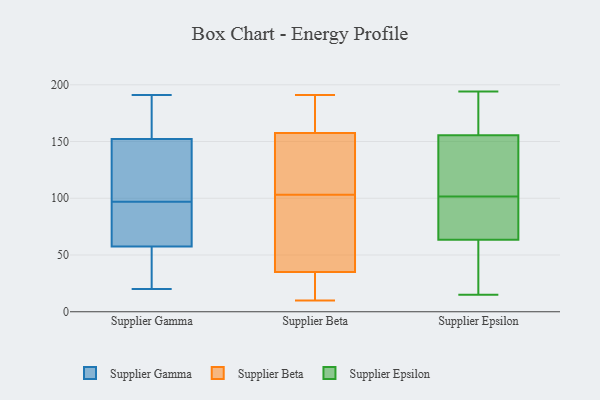
{"axis": {"x": "Headcount", "y": "Value"}, "legend": ["Supplier Beta", "Supplier Epsilon", "Supplier Gamma"], "data": [{"x": "", "y": 20, "type": "Supplier Gamma"}, {"x": "", "y": 154, "type": "Supplier Gamma"}, {"x": "", "y": 156, "type": "Supplier Gamma"}, {"x": "", "y": 24, "type": "Supplier Gamma"}, {"x": "", "y": 29, "type": "Supplier Gamma"}, {"x": "", "y": 59, "type": "Supplier Gamma"}, {"x": "", "y": 98, "type": "Supplier Gamma"}, {"x": "", "y": 102, "type": "Supplier Gamma"}, {"x": "", "y": 129, "type": "Supplier Gamma"}, {"x": "", "y": 75, "type": "Supplier Gamma"}, {"x": "", "y": 153, "type": "Supplier Gamma"}, {"x": "", "y": 174, "type": "Supplier Gamma"}, {"x": "", "y": 92, "type": "Supplier Gamma"}, {"x": "", "y": 97, "type": "Supplier Gamma"}, {"x": "", "y": 25, "type": "Supplier Gamma"}, {"x": "", "y": 150, "type": "Supplier Gamma"}, {"x": "", "y": 191, "type": "Supplier Gamma"}, {"x": "", "y": 57, "type": "Supplier Gamma"}, {"x": "", "y": 61, "type": "Supplier Gamma"}, {"x": "", "y": 160, "type": "Supplier Beta"}, {"x": "", "y": 169, "type": "Supplier Beta"}, {"x": "", "y": 103, "type": "Supplier Beta"}, {"x": "", "y": 33, "type": "Supplier Beta"}, {"x": "", "y": 30, "type": "Supplier Beta"}, {"x": "", "y": 150, "type": "Supplier Beta"}, {"x": "", "y": 41, "type": "Supplier Beta"}, {"x": "", "y": 16, "type": "Supplier Beta"}, {"x": "", "y": 147, "type": "Supplier Beta"}, {"x": "", "y": 191, "type": "Supplier Beta"}, {"x": "", "y": 75, "type": "Supplier Beta"}, {"x": "", "y": 100, "type": "Supplier Beta"}, {"x": "", "y": 10, "type": "Supplier Beta"}, {"x": "", "y": 168, "type": "Supplier Beta"}, {"x": "", "y": 128, "type": "Supplier Beta"}, {"x": "", "y": 64, "type": "Supplier Epsilon"}, {"x": "", "y": 91, "type": "Supplier Epsilon"}, {"x": "", "y": 46, "type": "Supplier Epsilon"}, {"x": "", "y": 142, "type": "Supplier Epsilon"}, {"x": "", "y": 106, "type": "Supplier Epsilon"}, {"x": "", "y": 15, "type": "Supplier Epsilon"}, {"x": "", "y": 97, "type": "Supplier Epsilon"}, {"x": "", "y": 193, "type": "Supplier Epsilon"}, {"x": "", "y": 168, "type": "Supplier Epsilon"}, {"x": "", "y": 63, "type": "Supplier Epsilon"}, {"x": "", "y": 194, "type": "Supplier Epsilon"}, {"x": "", "y": 143, "type": "Supplier Epsilon"}]}